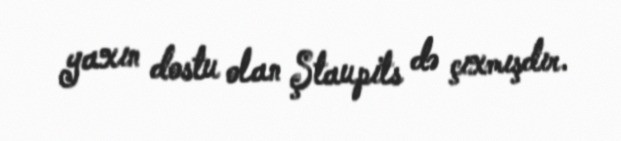
yaxın dostu olan Ştaupits də çıxmışdır.